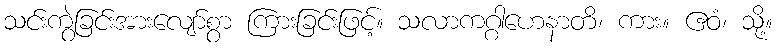
သင်းကွဲခြင်းအားလျော်စွာ ကြားခြင်းဖြင့်။ သလာကဂ္ဂါဟေနာတိ၊ ကား။ ဧဝံ၊ သို့။